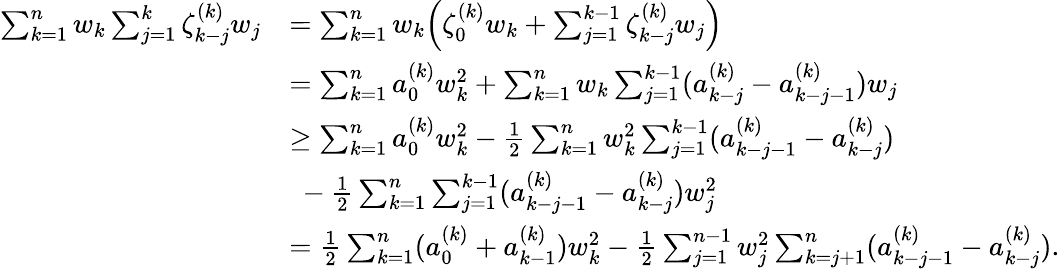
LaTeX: \begin{array}{rl}{\sum_{k=1}^{n}w_{k}\sum_{j=1}^{k}\zeta_{k-j}^{(k)}w_{j}}&{=\sum_{k=1}^{n}w_{k}\Big(\zeta_{0}^{(k)}w_{k}+\sum_{j=1}^{k-1}\zeta_{k-j}^{(k)}w_{j}\Big)}\\ &{=\sum_{k=1}^{n}a_{0}^{(k)}w_{k}^{2}+\sum_{k=1}^{n}w_{k}\sum_{j=1}^{k-1}(a_{k-j}^{(k)}-a_{k-j-1}^{(k)})w_{j}}\\ &{\ge\sum_{k=1}^{n}a_{0}^{(k)}w_{k}^{2}-\frac{1}{2}\sum_{k=1}^{n}w_{k}^{2}\sum_{j=1}^{k-1}(a_{k-j-1}^{(k)}-a_{k-j}^{(k)})}\\ &{~-\frac{1}{2}\sum_{k=1}^{n}\sum_{j=1}^{k-1}(a_{k-j-1}^{(k)}-a_{k-j}^{(k)})w_{j}^{2}}\\ &{=\frac{1}{2}\sum_{k=1}^{n}(a_{0}^{(k)}+a_{k-1}^{(k)})w_{k}^{2}-\frac{1}{2}\sum_{j=1}^{n-1}w_{j}^{2}\sum_{k=j+1}^{n}(a_{k-j-1}^{(k)}-a_{k-j}^{(k)}).}\end{array}